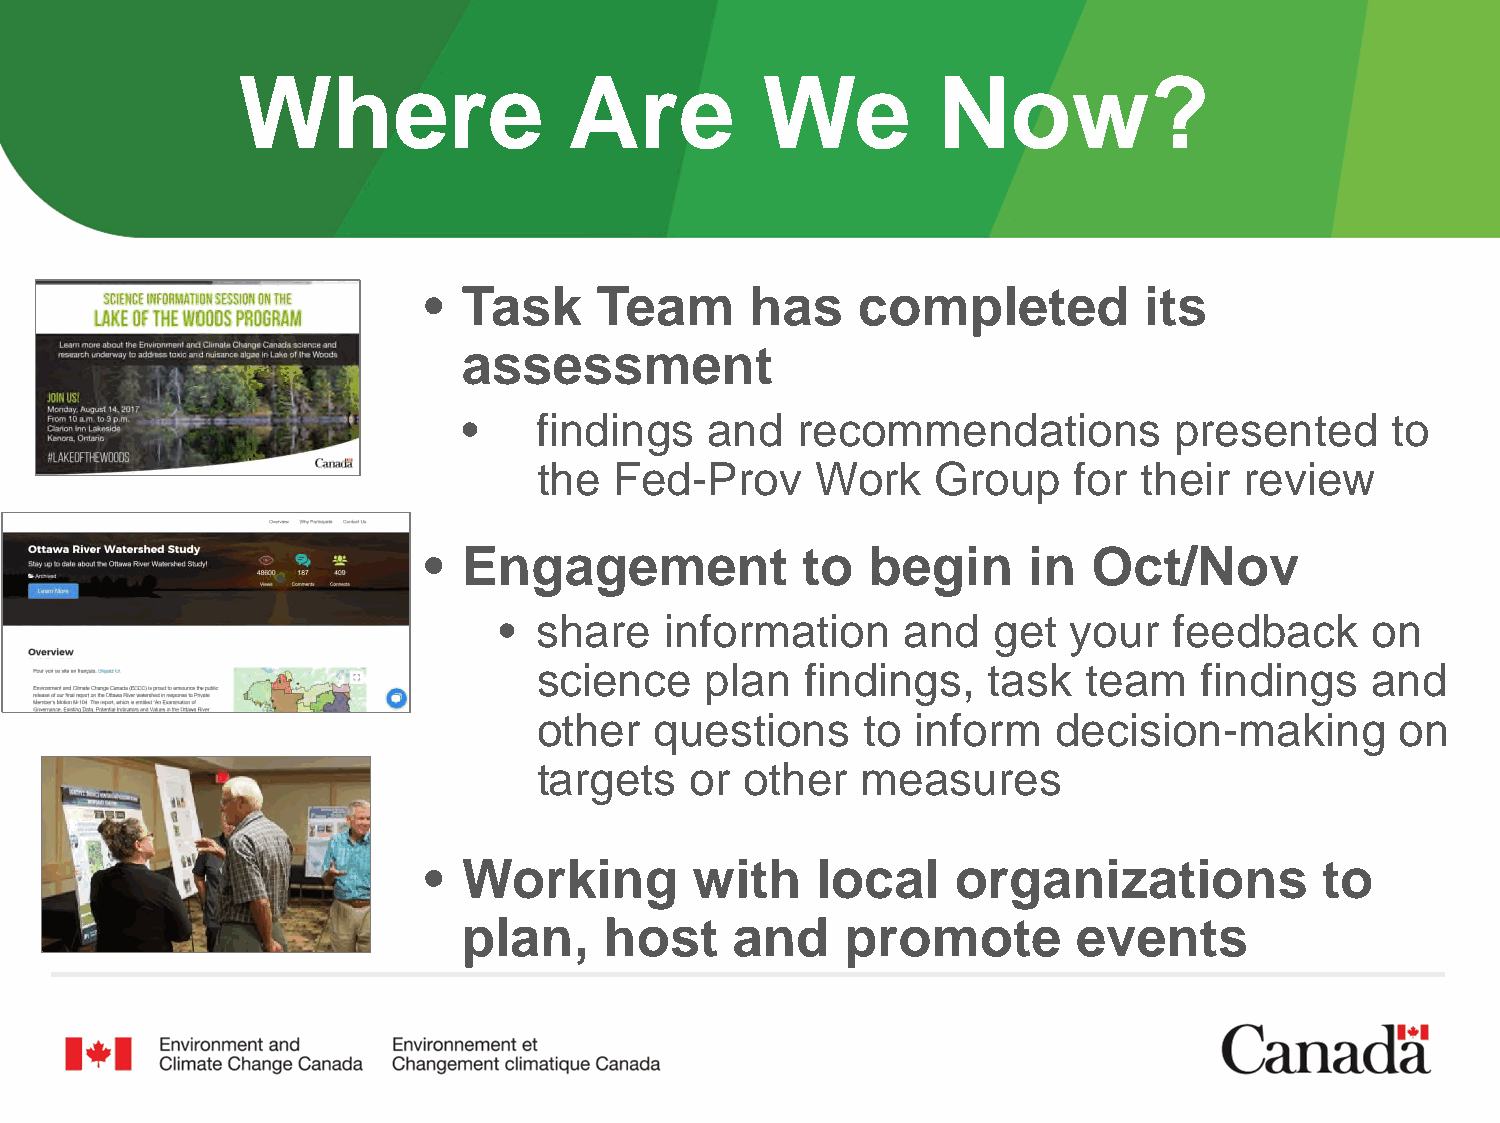
Where                 Are         We          Now?
 •  Task    Team       has    completed          its
 assessment
 •    findings   and   recommendations          presented     to
 the  Fed-Prov     Work    Group    for  their review
 •  Engagement            to  begin      in  Oct/Nov
 •  share   information     and   get  your   feedback     on
 science    plan  findings,   task   team   findings    and
 other  questions     to  inform   decision-making        on
 targets   or other   measures
 •  Working        with    local    organizations            to
 plan,    host     and    promote        events